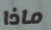
ماذا